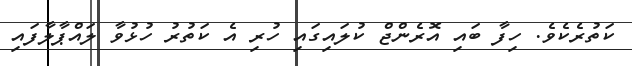
ކަތުރެކެވެ. ހިފާ ބައި އޮރެންޖް ކުލައިގައި ހުރި އެ ކަތުރު ހުޅުވާ ލައްޕާލާފައި